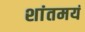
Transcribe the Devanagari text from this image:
शांतमयं